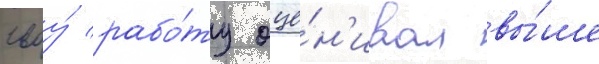
своу́ рабо́ту оце́н'ивал вы́ше